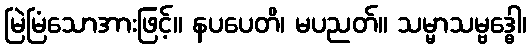
မြဲမြံသောအားဖြင့်။ နပပေတိ၊ မပညတ်။ သမ္မာသမ္ဗဒ္ဓေါ၊